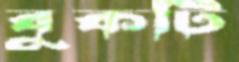
বুকটি